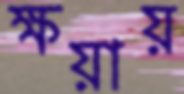
ক্ষয়ায়